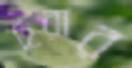
হিরার